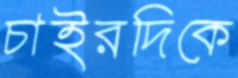
চাইরদিকে